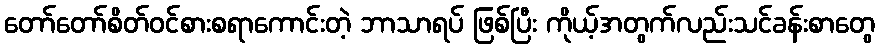
တော်တော်စိတ်ဝင်စားစရာကောင်းတဲ့ ဘာသာရပ် ဖြစ်ပြီး ကိုယ့်အတွက်လည်းသင်ခန်းစာတွေ